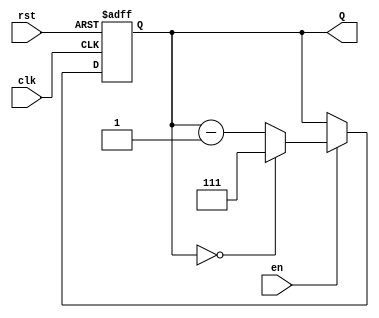
module binary_down_counter #(
    parameter WIDTH = 3,           // Width of the counter (3 bits for a max value of 7)
    parameter MAX_COUNT = (1 << WIDTH) - 1 // Maximum count value (e.g., 7 for 3 bits)
)(
    input wire clk,                // Clock signal
    input wire rst,                // Asynchronous reset signal
    input wire en,                 // Enable signal
    output reg [WIDTH-1:0] Q       // Current count value
);

    // Always block triggered on the rising edge of the clock or reset
    always @(posedge clk or posedge rst) begin
        if (rst) begin
            // Reset the counter to the maximum value
            Q <= MAX_COUNT;
        end else if (en) begin
            // Decrement the counter
            if (Q == 0) begin
                Q <= MAX_COUNT; // Wrap around to maximum value
            end else begin
                Q <= Q - 1; // Decrement the counter
            end
        end
    end

endmodule